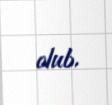
olub.